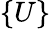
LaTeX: \{ U\}